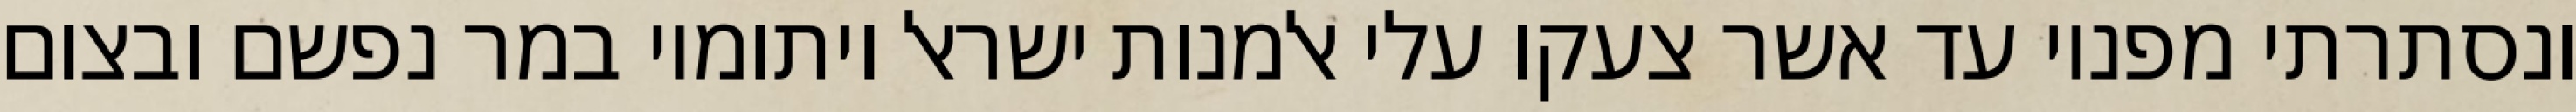
ונסתרתי מפניו עד אשר צעקו עלי אלמנות ישראל ויתומיו במר נפשם ובצום